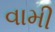
વામી